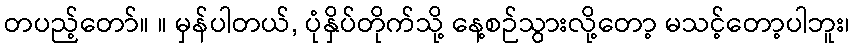
တပည့်တော်။ ။ မှန်ပါတယ်, ပုံနှိပ်တိုက်သို့ နေ့စဉ်သွားလို့တော့ မသင့်တော့ပါဘူး၊